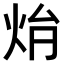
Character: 𤇖